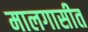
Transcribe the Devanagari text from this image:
मालगासीत